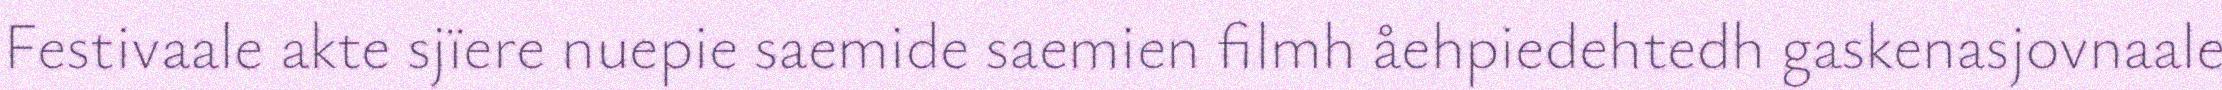
Festivaale akte sjïere nuepie saemide saemien filmh åehpiedehtedh gaskenasjovnaale